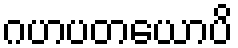
ဂဟပတယောပိ